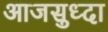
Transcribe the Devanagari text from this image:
आजसुध्दा